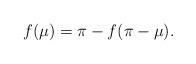
LaTeX: \begin{align*}f(\mu) = \pi - f(\pi - \mu).\end{align*}